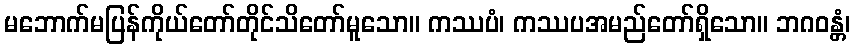
မဘောက်မပြန်ကိုယ်တော်တိုင်သိတော်မူသော။ ကဿပံ၊ ကဿပအမည်တော်ရှိသော။ ဘဂဝန္တံ၊